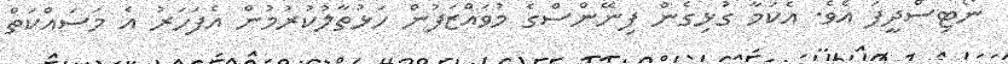
ނޯޓިސްދީފަ އެވެ. އެކަމާ ގުޅިގެން ފިނޭންސްގެ މުވައްޒަފުން ހަޅުތާލުކުރުމުން އެފަހަރު އެ މަސައްކަތް